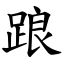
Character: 踉